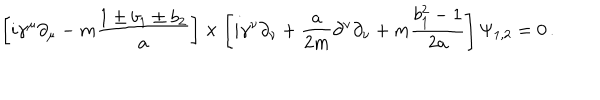
\left[ i \gamma ^ { \mu } \partial _ { \mu } - m { \frac { 1 \pm b _ { 1 } \pm b _ { 2 } } { a } } \right] \times \left[ i \gamma ^ { \nu } \partial _ { \nu } + { \frac { a } { 2 m } } \partial ^ { \nu } \partial _ { \nu } + m { \frac { b _ { 1 } ^ { 2 } - 1 } { 2 a } } \right] \Psi _ { 1 , 2 } = 0 \, .